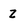
Character: Z